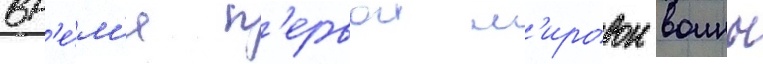
вр'е́м'я п'ервои м'ировои воины